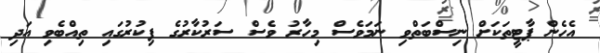
އެހެން ޕާޓީތަކަށް ނިސްބަތްވި ނަމަވެސް މިހާރު ވެސް ސަރުކާރުގެ ފިކުރުގައި ތިއްބެވި އަދި